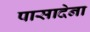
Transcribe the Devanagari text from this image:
पासादेना